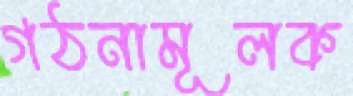
গঠনামূলক